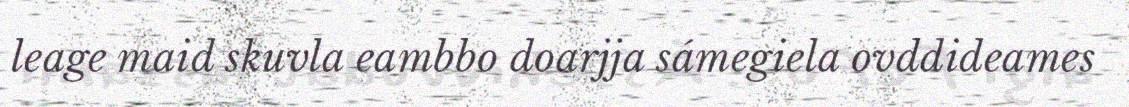
leage maid skuvla eambbo doarjja sámegiela ovddideames